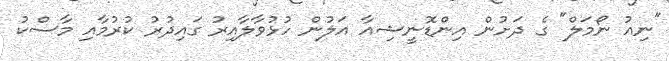
"ނިއު ނޯމަލް" ގެ ދަށުން އިންޑޮނީޝިއާ އަލުން ހުޅުވާލާއިރު ގައިދުރު ކުރުމާއި މާސްކު